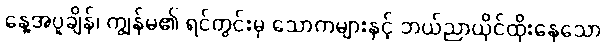
နေ့အပူချိန်၊ ကျွန်မ၏ ရင်တွင်းမှ သောကများနှင့် ဘယ်ညာယိုင်ထိုးနေသော